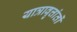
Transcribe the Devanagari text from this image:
यात्रावृत्तांतों